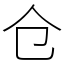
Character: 仓